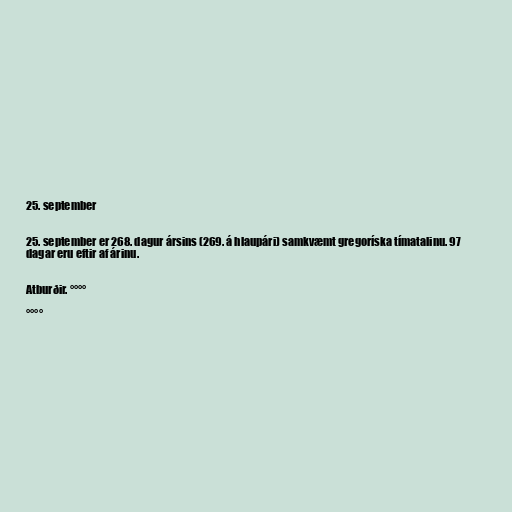
25. september

25. september er 268. dagur ársins (269. á hlaupári) samkvæmt gregoríska tímatalinu. 97
dagar eru eftir af árinu.

Atburðir. °°°°

°°°°